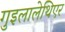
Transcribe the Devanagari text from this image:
गुइलालेथिएर